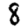
Digit: 8